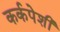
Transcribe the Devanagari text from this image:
कर्कपेशी